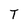
Character: T